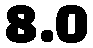
8.0